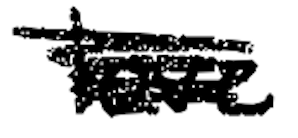
Text: love
Cross-out: scratch
Writing tool: digital_black